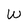
Character: W